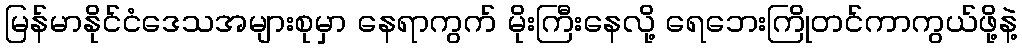
မြန်မာနိုင်ငံဒေသအများစုမှာ နေရာကွက် မိုးကြီးနေလို့ ရေဘေးကြိုတင်ကာကွယ်ဖို့နဲ့